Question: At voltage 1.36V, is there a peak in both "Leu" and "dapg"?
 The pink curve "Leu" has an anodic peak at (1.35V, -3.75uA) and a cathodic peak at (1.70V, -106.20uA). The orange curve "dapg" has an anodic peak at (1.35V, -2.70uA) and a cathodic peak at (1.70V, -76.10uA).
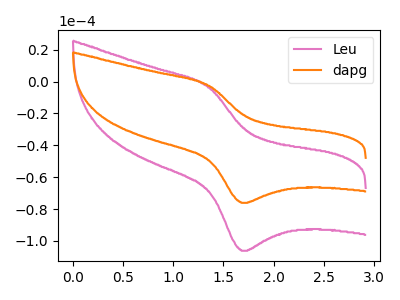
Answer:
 <answer>Yes, "Leu" and "dapg" share a peak at 1.36V.</answer>
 <eval>match</eval>